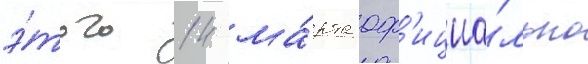
э́того 14 ма́рта оф'ициа́льно